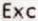
EXC